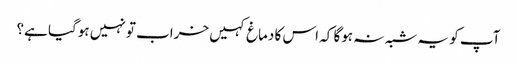
آپ کو یہ شبہ نہ ہوگا کہ اس کا دماغ کہیں خراب تو نہیں ہوگیا ہے؟